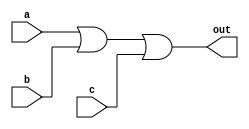
module or_(out, a, b, c);

	input a,b,c;
	output out;

	assign out = a | b | c;
endmodule